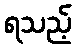
ရသည့်